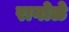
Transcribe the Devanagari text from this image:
रागोळे